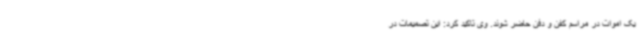
یک اموات در مراسم کفن و دفن حاضر شوند. وی تاکید کرد: این تصمیمات در